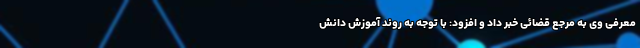
معرفی وی به مرجع قضائی خبر داد و افزود: با توجه به روند آموزش دانش